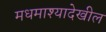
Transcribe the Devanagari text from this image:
मधमाश्यादेखील